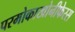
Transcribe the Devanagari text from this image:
परमोकाखोनीफेरस